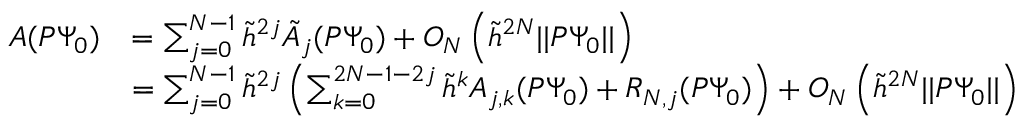
\begin{array} { r l } { A ( P \Psi _ { 0 } ) } & { = \sum _ { j = 0 } ^ { N - 1 } \tilde { h } ^ { 2 j } \tilde { A } _ { j } ( P \Psi _ { 0 } ) + O _ { N } \left( \tilde { h } ^ { 2 N } | | P \Psi _ { 0 } | | \right) } \\ & { = \sum _ { j = 0 } ^ { N - 1 } \tilde { h } ^ { 2 j } \left( \sum _ { k = 0 } ^ { 2 N - 1 - 2 j } \tilde { h } ^ { k } A _ { j , k } ( P \Psi _ { 0 } ) + R _ { N , j } ( P \Psi _ { 0 } ) \right) + O _ { N } \left( \tilde { h } ^ { 2 N } | | P \Psi _ { 0 } | | \right) } \end{array}